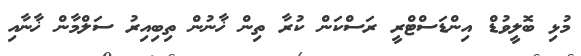
މުޅި ބޮލީވުޑް އިންޑަސްޓްރީ ރަސްކަން ކުރާ ތިން ޚާނުން ތިބިއިރު ސަލްމާން ޚާނާއި